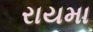
રાયમા